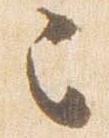
之